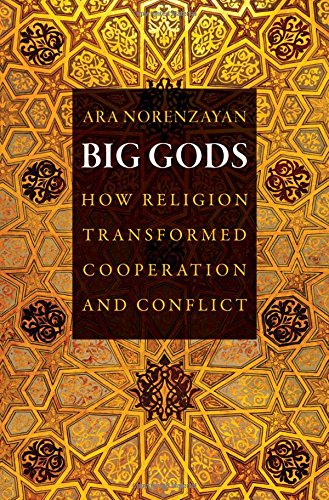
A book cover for Big Gods: How Religion Transformed Cooperation and Conflict; Ara Norenzayan; Religion & Spirituality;